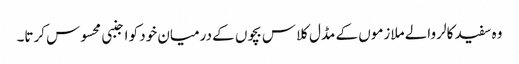
وہ سفید کالر والے ملازموں کے مڈل کلاس بچوں کے درمیان خود کو اجنبی محسوس کرتا۔